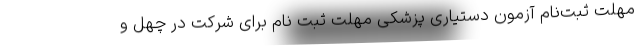
مهلت ثبت‌نام آزمون دستیاری پزشکی مهلت ثبت نام برای شرکت در چهل و